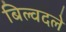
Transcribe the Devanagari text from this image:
बिल्वदले